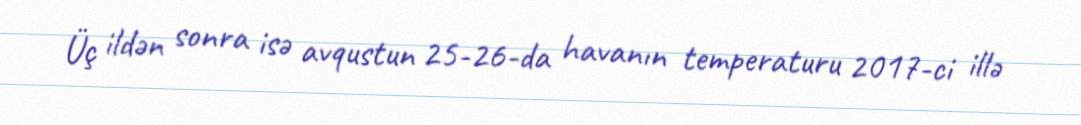
Üç ildən sonra isə avqustun 25-26-da havanın temperaturu 2017-ci illə